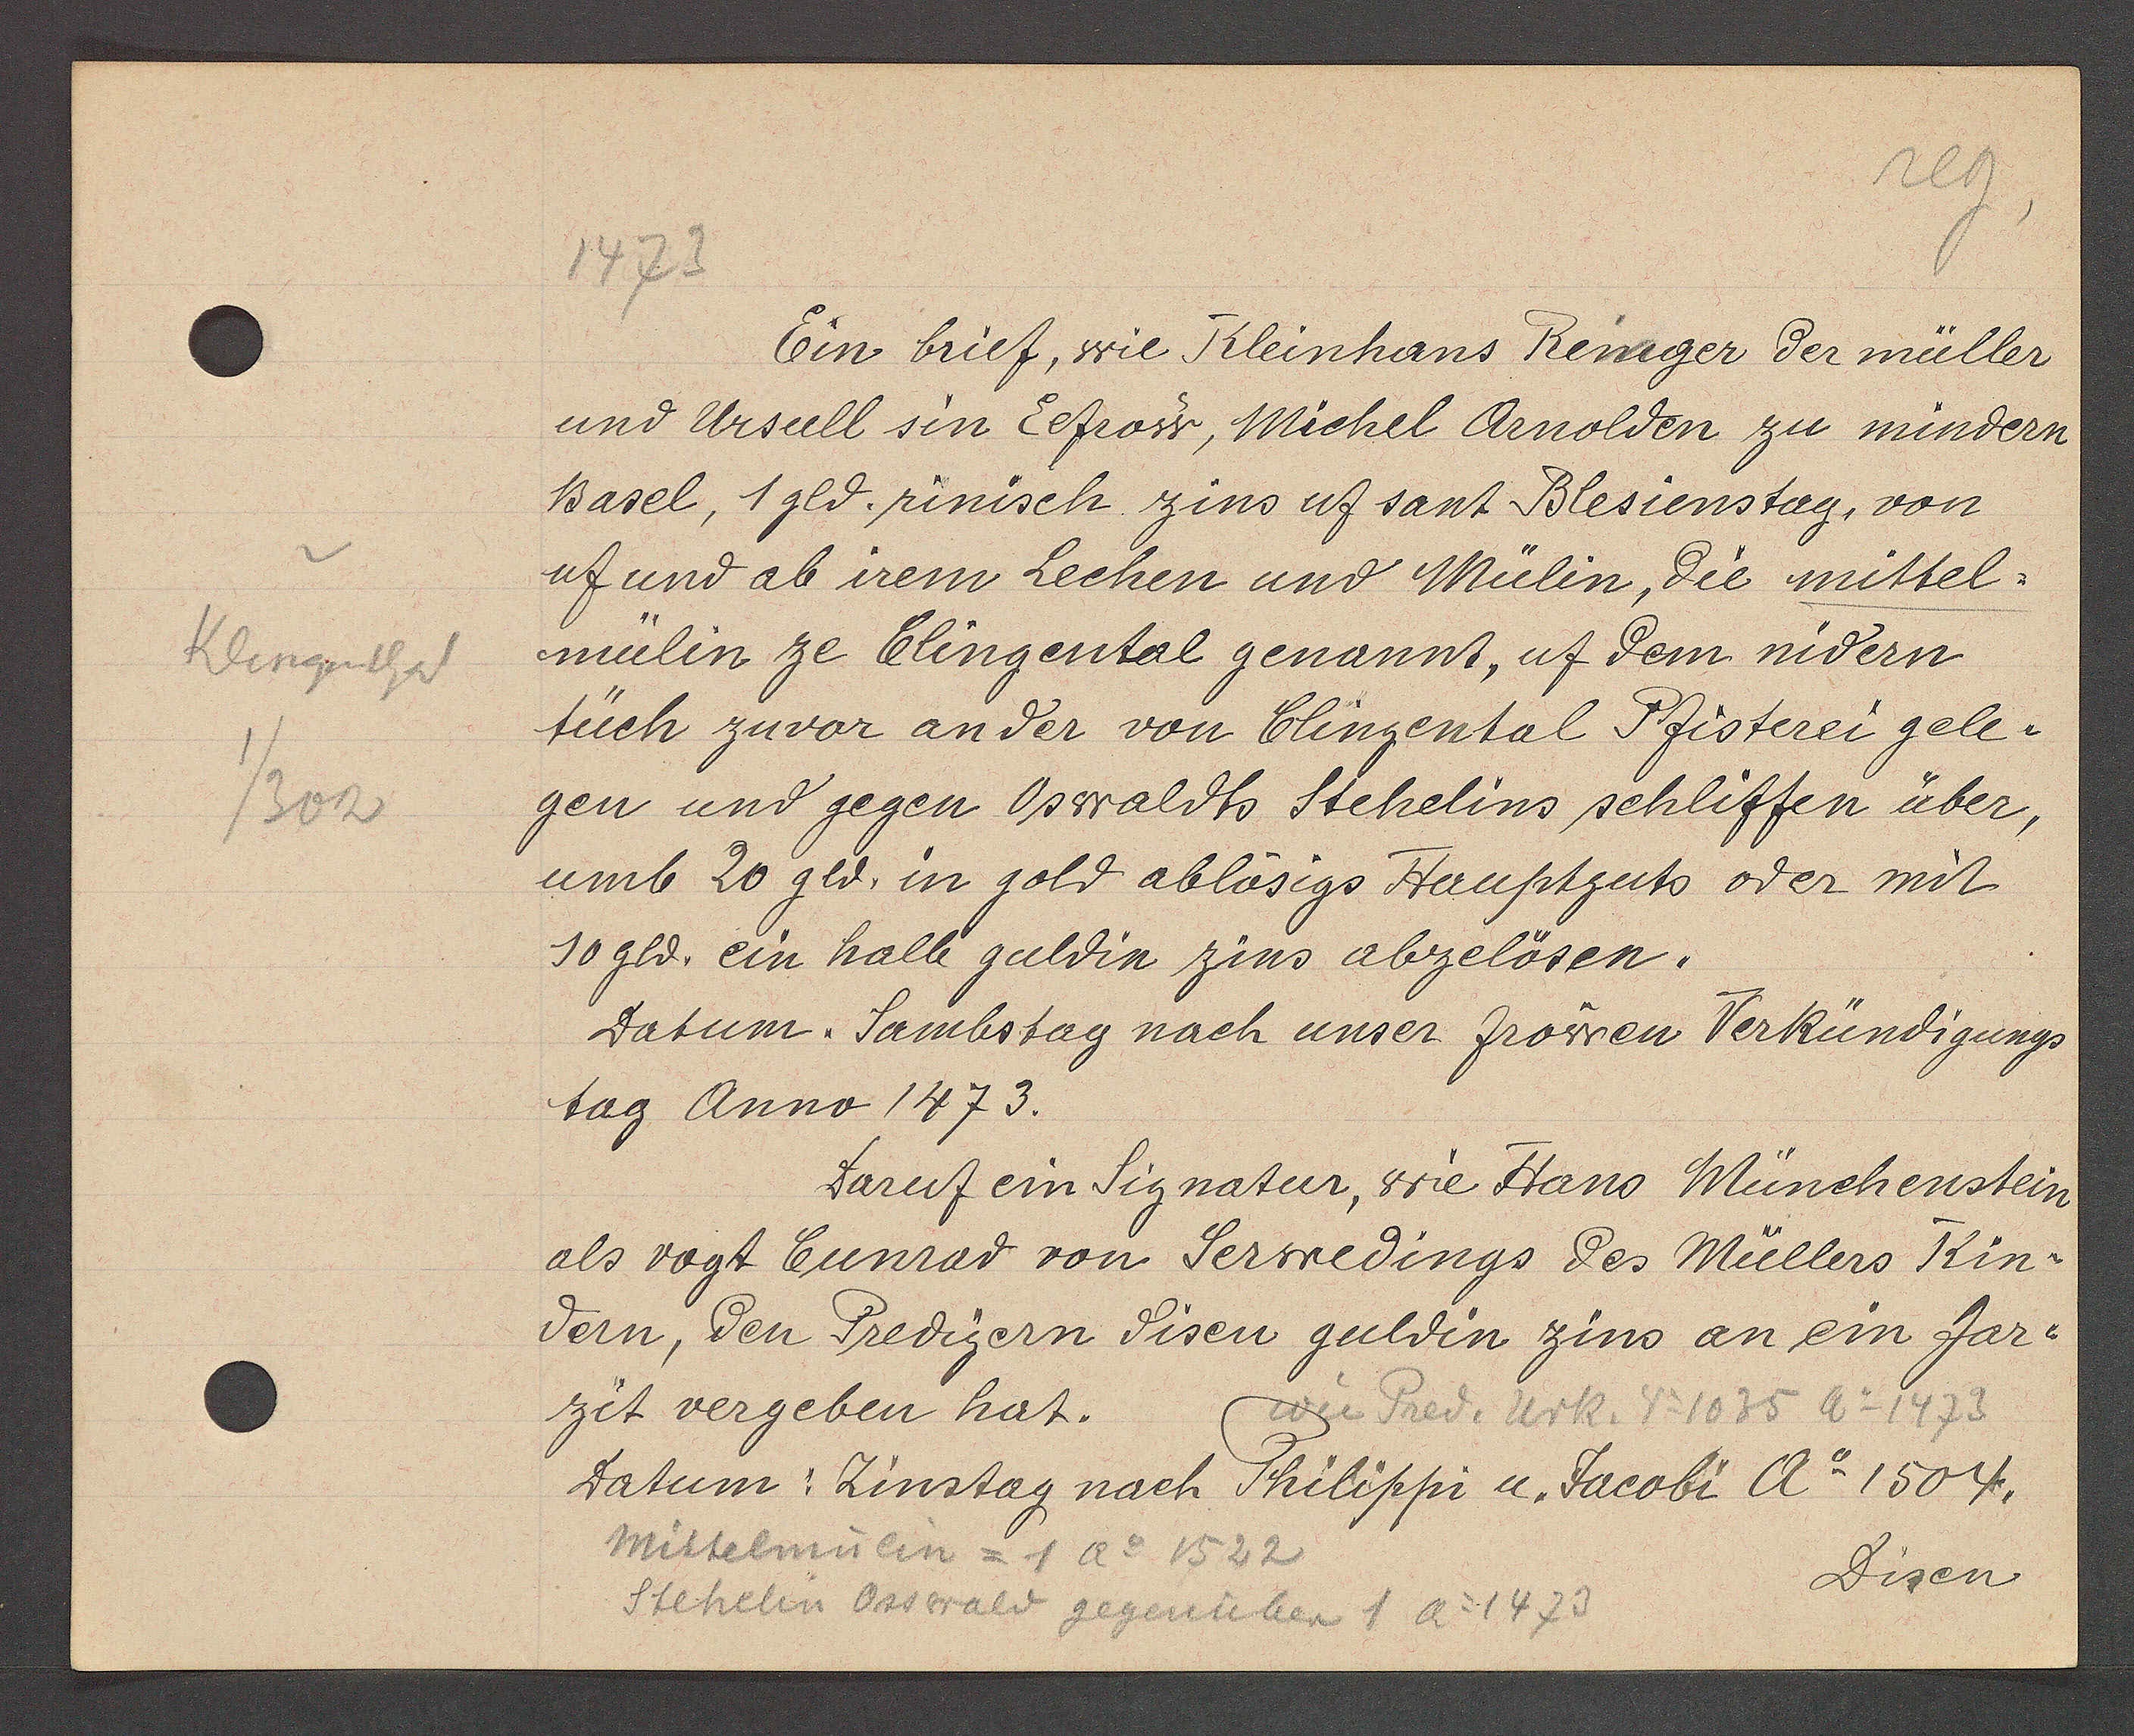
Transcript:
Klingenthal
1/302

1473

Ein brief, wie Kleinhans Remger der müller
und Ursull sin Eefrow, Michel Arnolden zu mindern
Basel, 1 gld. rinisch zins uf sant Blesienstag, von
uf und ab irem Lechen und Mülin, die mittel¬
mülin ze Clingental genannt, uf dem nidern
tüch zuvor ander von Clingental Pfisterei gele¬
gen und gegen Oswaldt Stehelins schliffen über,
umb 20 gld. in gold ablösigs Hauptguts oder mit
10 gld. ein halb guldin zins abzelösen.
Datum. Sambstag nach unser frowen Verkündigungs
tag Anno 1473.
Daruf ein Signatur, wie Hans Münchenstein
als vogt Cunrad von Serwedings des Müllers Kin¬
dern, den Predigern disen guldin zins an ein Jar¬
zit vergeben hat.
Datum: Zinstag nach Philippi u. Jacobi Ao 1504.
Disen

wie Pred. Urk. No 1035 Ao 1473

Mittelmülin = 1 Ao 1522
Stehelin Osswald gegenüber 1 Ao 1473